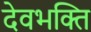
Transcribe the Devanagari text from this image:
देवभक्ति